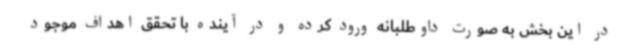
در این بخش به صورت داوطلبانه ورود کرده و در آینده با تحقق اهداف موجود